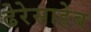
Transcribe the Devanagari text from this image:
ढेरेसाहेब